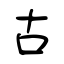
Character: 古